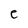
Character: e